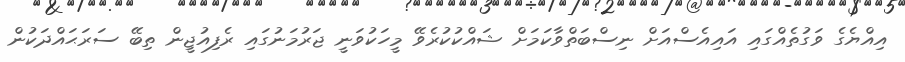
އިއްޔެގެ ވަގުތެއްގައި އައިއެސްއަށް ނިސްބަތްވާކަމަށް ޝައްކުކުރެވޭ މީހަކުވަނީ ޖަރުމަނުގައި ރެފިއުޖީން ތިބޭ ސަރަޙައްދަކުން